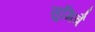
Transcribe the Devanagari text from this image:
सुमित्रै